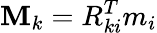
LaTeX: \mathbf{M}_{k}=R_{ki}^{T}m_{i}